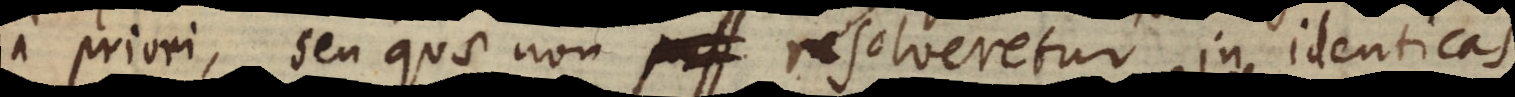
a priori, seu quae non resolveretur in identica